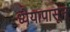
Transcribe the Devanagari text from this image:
ध्येयापासून